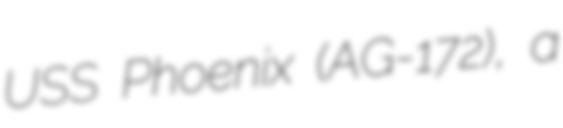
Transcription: USS Phoenix (AG-172), a